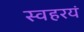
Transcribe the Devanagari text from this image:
स्वहरयं